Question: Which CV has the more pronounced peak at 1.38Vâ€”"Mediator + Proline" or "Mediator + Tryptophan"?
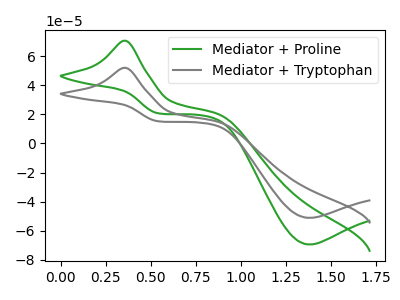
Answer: <think>The green curve "Mediator + Proline" has an anodic peak at (0.35V, 70.75uA) and a cathodic peak at (1.40V, -69.55uA). The gray curve "Mediator + Tryptophan" has an anodic peak at (0.35V, 52.10uA) and a cathodic peak at (1.40V, -51.20uA).</think>
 <answer>The peak at 1.38V is higher in "Mediator + Proline" than in "Mediator + Tryptophan".</answer>
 <eval>higher</eval>